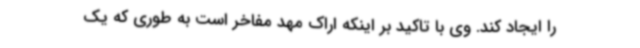
را ایجاد کند. وی با تاکید بر اینکه اراک مهد مفاخر است به طوری که یک